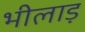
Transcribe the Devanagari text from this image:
भीलाड़